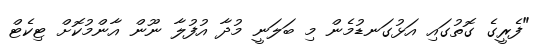
"ފެރީގެ ގޮތުގައި އަޅުގަނޑުމެން މި ބަލަނީ މުދާ އުފުލާ ނޫން އާންމުކޮށް ޓިކެޓް